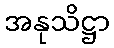
အနုသိဋ္ဌာ